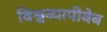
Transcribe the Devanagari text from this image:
विश्वव्यापीवेब